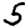
Digit: 5